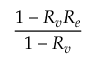
\frac { 1 - R _ { v } R _ { e } } { 1 - R _ { v } }